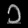
Digit: ၁